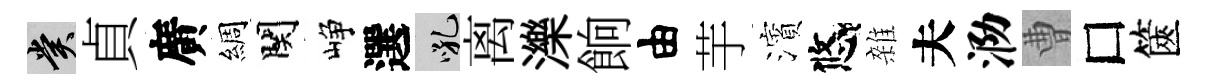
賞貞廣綢関峥選吼离濼餉由芋濱悠雜夫泐曹□篋